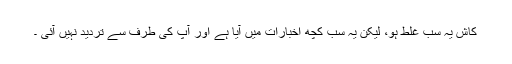
کاش یہ سب غلط ہو، لیکن یہ سب کچھ اخبارات میں آیا ہے اور آپ کی طرف سے تردید نہیں آئی ۔